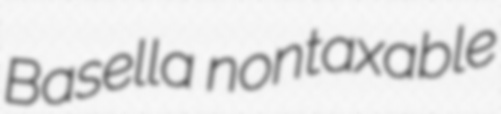
Basella nontaxable